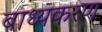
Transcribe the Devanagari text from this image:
बाध्यकरण